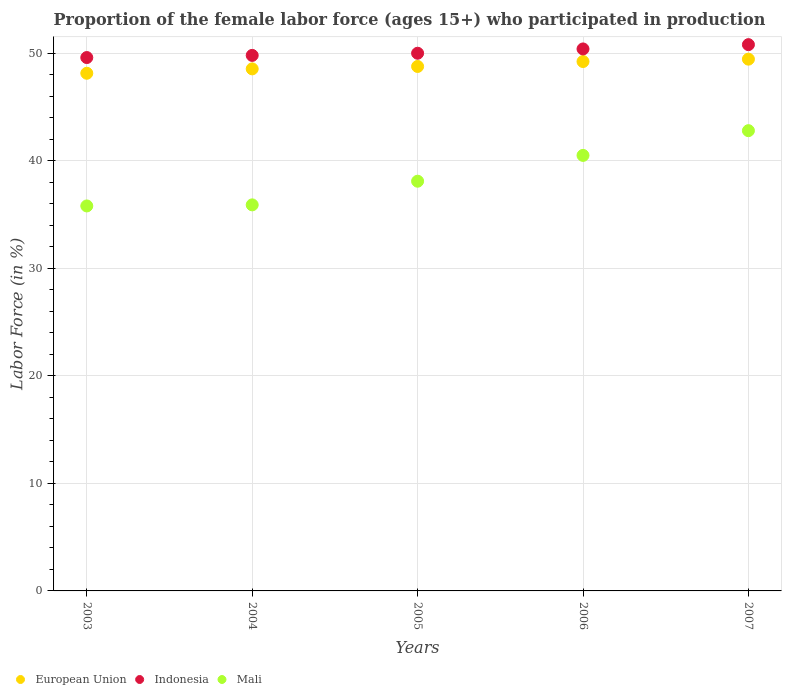
| Years | European Union | Indonesia | Mali |
 | --- | --- | --- | --- |
 | 2003 | 48.1 | 49.6 | 35.8 |
 | 2004 | 48.5 | 49.8 | 35.9 |
 | 2005 | 48.8 | 50 | 38.1 |
 | 2006 | 49.2 | 50.4 | 40.5 |
 | 2007 | 49.5 | 50.8 | 42.8 |